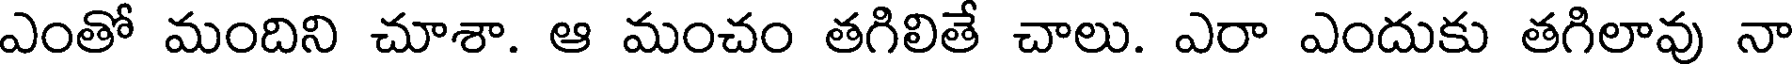
ఎంతో మందిని చూశా. ఆ మంచం తగిలితే చాలు. ఎరా ఎందుకు తగిలావు నా